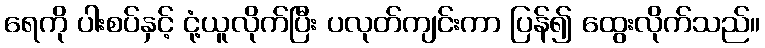
ရေကို ပါးစပ်နှင့် ငုံ့ယူလိုက်ပြီး ပလုတ်ကျင်းကာ ပြန်၍ ထွေးလိုက်သည်။